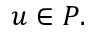
u \in P .